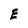
Character: E